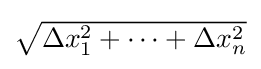
{\textstyle {\sqrt {\Delta x_{1}^{2}+\cdots +\Delta x_{n}^{2}}}}